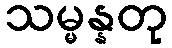
သမ္မန္နတု